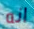
انه